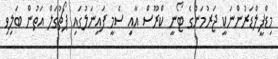
މިޑްފީލްޑަރުންނަކީ ޖަރުމަނުގެ ޓޯނީ ކްރޫސް އާއި ސެމީ ފައިނަލުގައި ޕޯޗުގަލް އަތުން ބަލިވި